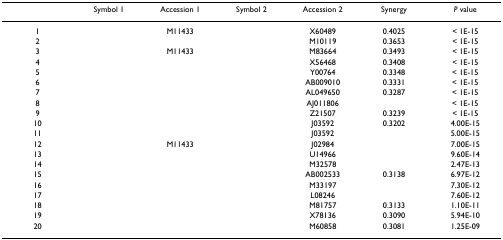
<table><thead><tr><td>[EMPTY_CELL]</td><td><b>Symbol 1</b></td><td><b>Accession 1</b></td><td><b>Symbol 2</b></td><td><b>Accession 2</b></td><td><b>Synergy</b></td><td><b><i>P </i>value</b></td></tr></thead><tbody><tr><td>1</td><td>[EMPTY_CELL]</td><td>M11433</td><td>[EMPTY_CELL]</td><td>X60489</td><td>0.4025</td><td>&lt; 1E-15</td></tr><tr><td>2</td><td>[EMPTY_CELL]</td><td>[EMPTY_CELL]</td><td>[EMPTY_CELL]</td><td>M10119</td><td>0.3653</td><td>&lt; 1E-15</td></tr><tr><td>3</td><td>[EMPTY_CELL]</td><td>M11433</td><td>[EMPTY_CELL]</td><td>M83664</td><td>0.3493</td><td>&lt; 1E-15</td></tr><tr><td>4</td><td>[EMPTY_CELL]</td><td>[EMPTY_CELL]</td><td>[EMPTY_CELL]</td><td>X56468</td><td>0.3408</td><td>&lt; 1E-15</td></tr><tr><td>5</td><td>[EMPTY_CELL]</td><td>[EMPTY_CELL]</td><td>[EMPTY_CELL]</td><td>Y00764</td><td>0.3348</td><td>&lt; 1E-15</td></tr><tr><td>6</td><td>[EMPTY_CELL]</td><td>[EMPTY_CELL]</td><td>[EMPTY_CELL]</td><td>AB009010</td><td>0.3331</td><td>&lt; 1E-15</td></tr><tr><td>7</td><td>[EMPTY_CELL]</td><td>[EMPTY_CELL]</td><td>[EMPTY_CELL]</td><td>AL049650</td><td>0.3287</td><td>&lt; 1E-15</td></tr><tr><td>8</td><td>[EMPTY_CELL]</td><td>[EMPTY_CELL]</td><td>[EMPTY_CELL]</td><td>AJ011806</td><td>[EMPTY_CELL]</td><td>&lt; 1E-15</td></tr><tr><td>9</td><td>[EMPTY_CELL]</td><td>[EMPTY_CELL]</td><td>[EMPTY_CELL]</td><td>Z21507</td><td>0.3239</td><td>&lt; 1E-15</td></tr><tr><td>10</td><td>[EMPTY_CELL]</td><td>[EMPTY_CELL]</td><td>[EMPTY_CELL]</td><td>J03592</td><td>0.3202</td><td>4.00E-15</td></tr><tr><td>11</td><td>[EMPTY_CELL]</td><td>[EMPTY_CELL]</td><td>[EMPTY_CELL]</td><td>J03592</td><td>[EMPTY_CELL]</td><td>5.00E-15</td></tr><tr><td>12</td><td>[EMPTY_CELL]</td><td>M11433</td><td>[EMPTY_CELL]</td><td>J02984</td><td>[EMPTY_CELL]</td><td>7.00E-15</td></tr><tr><td>13</td><td>[EMPTY_CELL]</td><td>[EMPTY_CELL]</td><td>[EMPTY_CELL]</td><td>U14966</td><td>[EMPTY_CELL]</td><td>9.60E-14</td></tr><tr><td>14</td><td>[EMPTY_CELL]</td><td>[EMPTY_CELL]</td><td>[EMPTY_CELL]</td><td>M32578</td><td>[EMPTY_CELL]</td><td>2.47E-13</td></tr><tr><td>15</td><td>[EMPTY_CELL]</td><td>[EMPTY_CELL]</td><td>[EMPTY_CELL]</td><td>AB002533</td><td>0.3138</td><td>6.97E-12</td></tr><tr><td>16</td><td>[EMPTY_CELL]</td><td>[EMPTY_CELL]</td><td>[EMPTY_CELL]</td><td>M33197</td><td>[EMPTY_CELL]</td><td>7.30E-12</td></tr><tr><td>17</td><td>[EMPTY_CELL]</td><td>[EMPTY_CELL]</td><td>[EMPTY_CELL]</td><td>L08246</td><td>[EMPTY_CELL]</td><td>7.60E-12</td></tr><tr><td>18</td><td>[EMPTY_CELL]</td><td>[EMPTY_CELL]</td><td>[EMPTY_CELL]</td><td>M81757</td><td>0.3133</td><td>1.10E-11</td></tr><tr><td>19</td><td>[EMPTY_CELL]</td><td>[EMPTY_CELL]</td><td>[EMPTY_CELL]</td><td>X78136</td><td>0.3090</td><td>5.94E-10</td></tr><tr><td>20</td><td>[EMPTY_CELL]</td><td>[EMPTY_CELL]</td><td>[EMPTY_CELL]</td><td>M60858</td><td>0.3081</td><td>1.25E-09</td></tr></tbody></table>